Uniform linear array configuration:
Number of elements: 24
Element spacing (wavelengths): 0.75
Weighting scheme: blackman
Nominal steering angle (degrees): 30
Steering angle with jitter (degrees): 30.034
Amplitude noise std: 0.05
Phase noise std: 0.05

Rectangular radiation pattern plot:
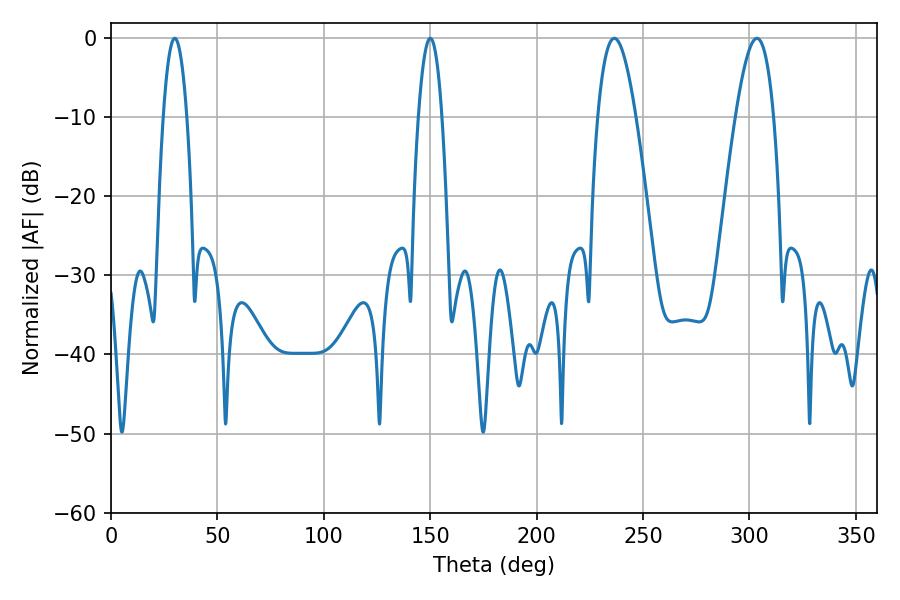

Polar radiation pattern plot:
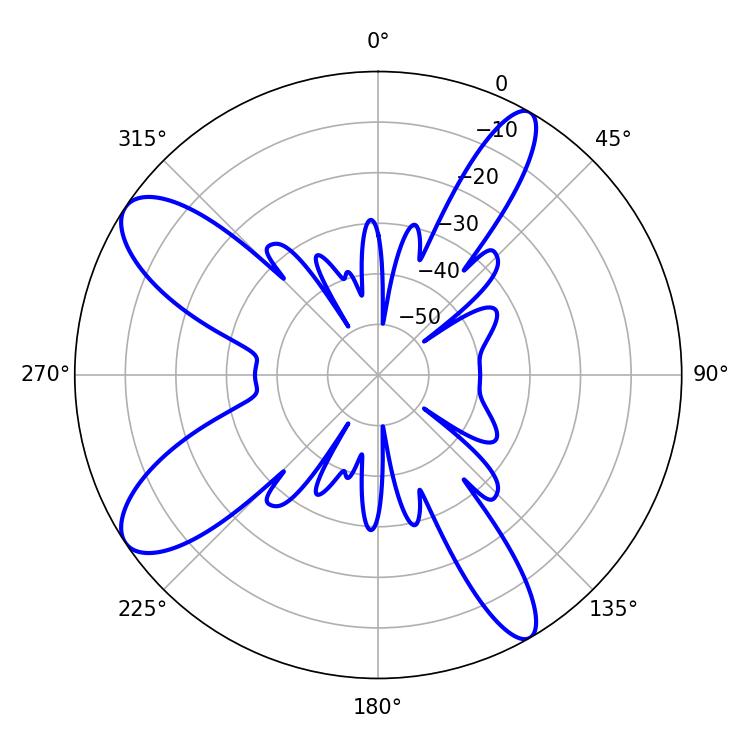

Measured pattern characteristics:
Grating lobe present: TRUE
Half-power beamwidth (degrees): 9.72
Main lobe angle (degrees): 303.48